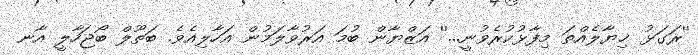
''ރަގަޅު ޚިޔާލެއްތަ މިފާޅުކުރެވުނީ...'' އަޒްޔާން ބުމަ އަރުވާލަމުން އަހާލިއެވެ. ބަތޫލް ބޯޖަހާލީ އާނ